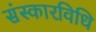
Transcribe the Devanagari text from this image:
संस्कारविधि